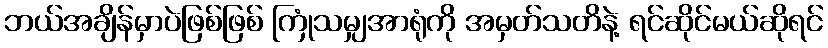
ဘယ်အချိန်မှာပဲဖြစ်ဖြစ် ကြုံသမျှအာရုံကို အမှတ်သတိနဲ့ ရင်ဆိုင်မယ်ဆိုရင်